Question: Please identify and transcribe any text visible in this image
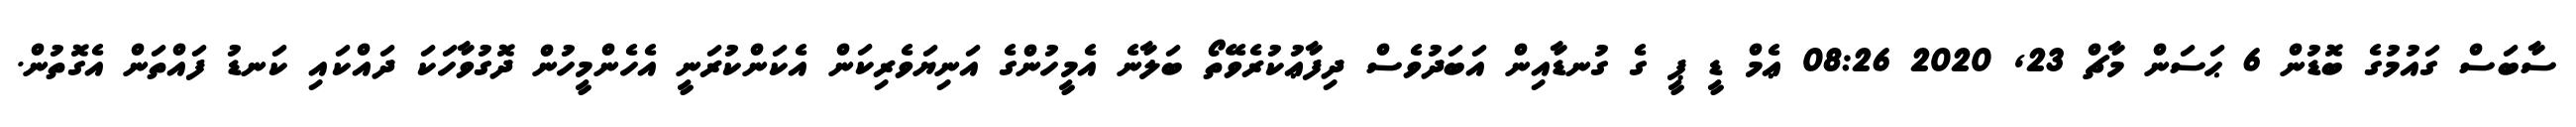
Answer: ސާބަސް ގައުމުގެ ބޮޑުން 6 ޙަސަން މާޗް 23, 2020 08:26 ޢެމް ޑީ ޕީ ގެ ގުނޑާއިން އަބަދުވެސް ދިފާޢުކުރެވޭތޯ ބަލާނެ އެމީހުންގެ އަނިޔަވެރިކަން އެކަންކުރަނީ އެހެންމީހުން ދޮގުވާހަކަ ދައްކައި ކަނޑު ފައްތަން އެގޮތުން.